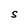
Character: S